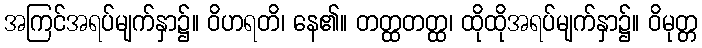
အကြင်အရပ်မျက်နှာ၌။ ဝိဟရတိ၊ နေ၏။ တတ္ထတတ္ထ၊ ထိုထိုအရပ်မျက်နှာ၌။ ဝိမုတ္တ